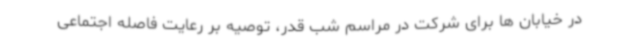
در خیابان ها برای شرکت در مراسم شب قدر، توصیه بر رعایت فاصله اجتماعی